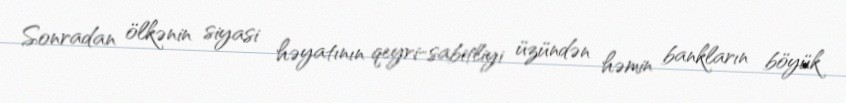
Sonradan ölkənin siyasi həyatının qeyri-sabitliyi üzündən həmin bankların böyük